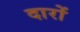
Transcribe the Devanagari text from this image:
दारों